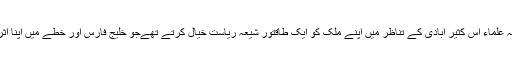
اسلامی انقلاب کے بعد ایرانی شیعہ علماء اس کثیر آبادی کے تناظر میں اپنے ملک کو ایک طاقتور شیعہ ریاست خیال کرتے تھےجو خلیج فارس اور خطے میں اپنا اثر و رسوخ قائم کرنے کی اہل تھی۔